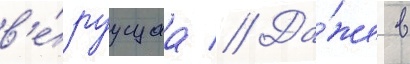
в'е́руущаа // Да́же в